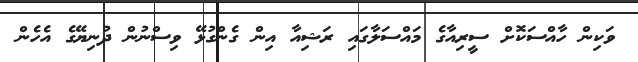
ވަކިން ހާއްސަކޮށް ސީރިއާގެ މައްސަލާގައި ރަޝިއާ އިން ގެންގުޅޭ ވިސްނުން ދުނިޔޭގެ އެހެން